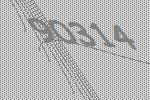
90314